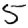
Digit: 5